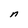
Character: n